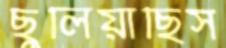
ছুলিয়াছিস